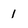
Character: 1